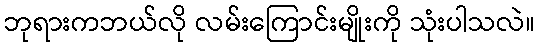
ဘုရားကဘယ်လို လမ်းကြောင်းမျိုးကို သုံးပါသလဲ။